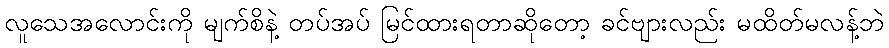
လူသေအလောင်းကို မျက်စိနဲ့ တပ်အပ် မြင်ထားရတာဆိုတော့ ခင်ဗျားလည်း မထိတ်မလန့်ဘဲ